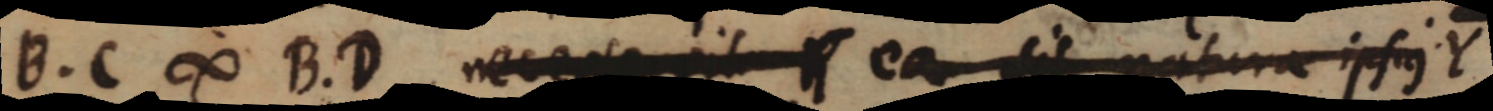
B. C ∞ B. D necesse sit ea sit natura ipsus Y